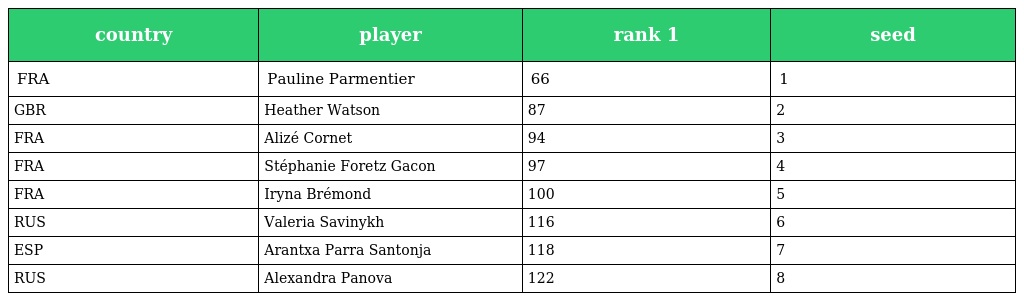
| country | player | rank 1 | seed |
 | --- | --- | --- | --- |
 | FRA | Pauline Parmentier | 66 | 1 |
 | GBR | Heather Watson | 87 | 2 |
 | FRA | Alizé Cornet | 94 | 3 |
 | FRA | Stéphanie Foretz Gacon | 97 | 4 |
 | FRA | Iryna Brémond | 100 | 5 |
 | RUS | Valeria Savinykh | 116 | 6 |
 | ESP | Arantxa Parra Santonja | 118 | 7 |
 | RUS | Alexandra Panova | 122 | 8 |